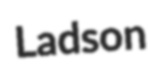
Ladson